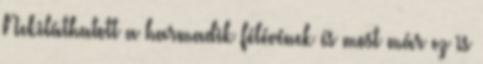
Nekiláthatott a harmadik félévének és most már ez is